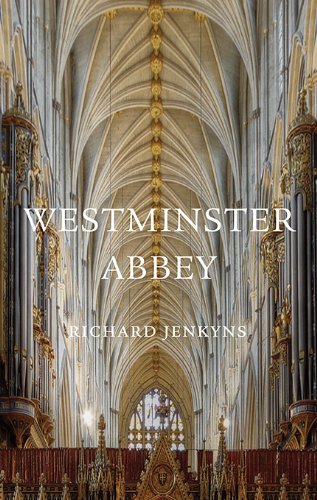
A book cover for Westminster Abbey (Wonders of the World); Richard Jenkyns; Christian Books & Bibles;